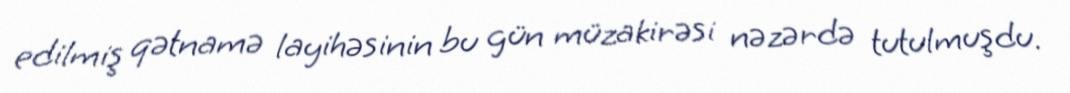
edilmiş qətnamə layihəsinin bu gün müzakirəsi nəzərdə tutulmuşdu.